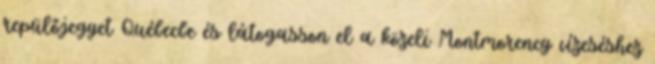
repülőjegyet Québecbe és látogasson el a közeli Montmorency vízeséshez